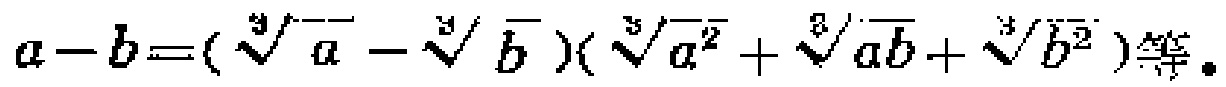
\(a - b = (\sqrt[3]{a} - \sqrt[3]{b})(\sqrt[3]{a^{2}}+\sqrt[3]{ab}+\sqrt[3]{b^{2}})\)